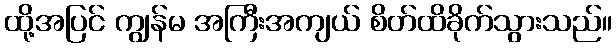
ထို့အပြင် ကျွန်မ အကြီးအကျယ် စိတ်ထိခိုက်သွားသည်။